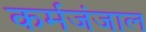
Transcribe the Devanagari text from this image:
कर्मजंजाल